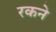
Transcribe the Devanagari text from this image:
रकने